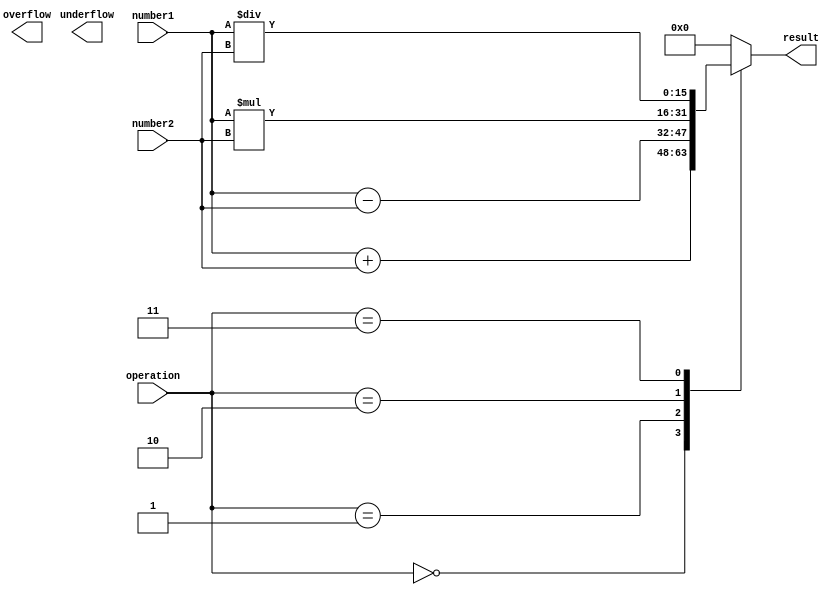
module HalfPrecisionFloatingPointUnit (
    input wire [15:0] number1,
    input wire [15:0] number2,
    input wire [2:0] operation,
    output reg [15:0] result,
    output reg overflow,
    output reg underflow
);

// Adder block
always @* begin
    case(operation)
        3'b000: result = number1 + number2; // Addition
        3'b001: result = number1 - number2; // Subtraction
        3'b010: result = number1 * number2; // Multiplication
        3'b011: result = number1 / number2; // Division
        default: result = 16'b0; // Default case
    endcase
end

// Rounding block
always @* begin
    // Write your rounding logic here
end

// Normalization block
always @* begin
    // Write your normalization logic here
end

// Special cases handling block
always @* begin
    // Write your special cases handling logic here
end

endmodule